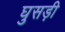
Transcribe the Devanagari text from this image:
घुसड़ी